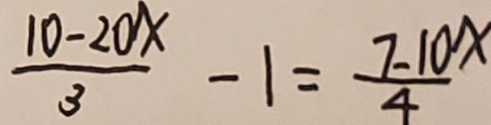
\frac { 1 0 - 2 0 x } { 3 } - 1 = \frac { 7 - 1 0 x } { 4 }